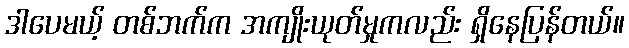
ဒါပေမယ့် တစ်ဘက်က အကျိုးယုတ်မှုကလည်း ရှိနေပြန်တယ်။